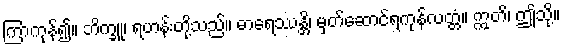
ကြာကုန်၍။ ဘိက္ခူ၊ ရဟန်းတို့သည်။ ဓာရေဿန္တိ၊ မှတ်ဆောင်ရကုန်လတ္တံ။ ဣတိ၊ ဤသို့။